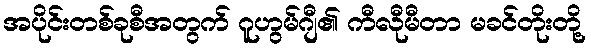
အပိုင်းတစ်ခုစီအတွက် ဂူဟွမ်ဂျီ၏ ကီလီုမီတာ မခင်တိုးတို့